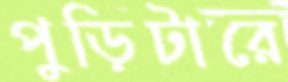
পুড়িটারে